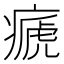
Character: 㾷